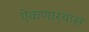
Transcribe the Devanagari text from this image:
ऐकणार्‍यास